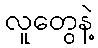
လူတွေနဲ့